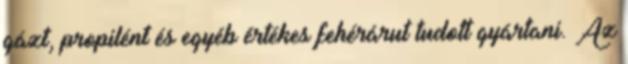
gázt, propilént és egyéb értékes fehérárut tudott gyártani. Az